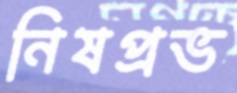
নিষপ্রভ